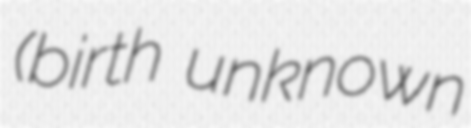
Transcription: (birth unknown